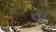
ય